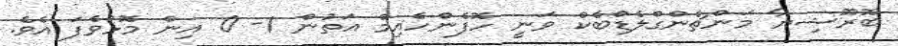
ބޮރޫޝިޔާ މަންޗެންގްލެޑްބެކް ވަނީ ހޮފެންހެއިމް އަތުން 1- 0 އިން މޮޅުވެފަ އެވެ.